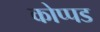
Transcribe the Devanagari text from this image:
कोप्पड